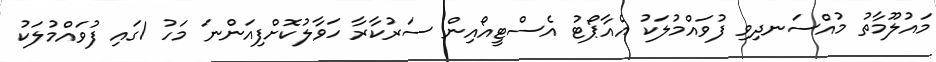
މައުލޫމާތު މުއްސަނދިވި ފުވައްމުލަކު އެއާޕޯޓު އެސްޓީއޯއިން ސަރުކާރާ ހަވާލުކޮށްފިއަންނަ މަހު 1ގައި ފުވައްމުލަކު